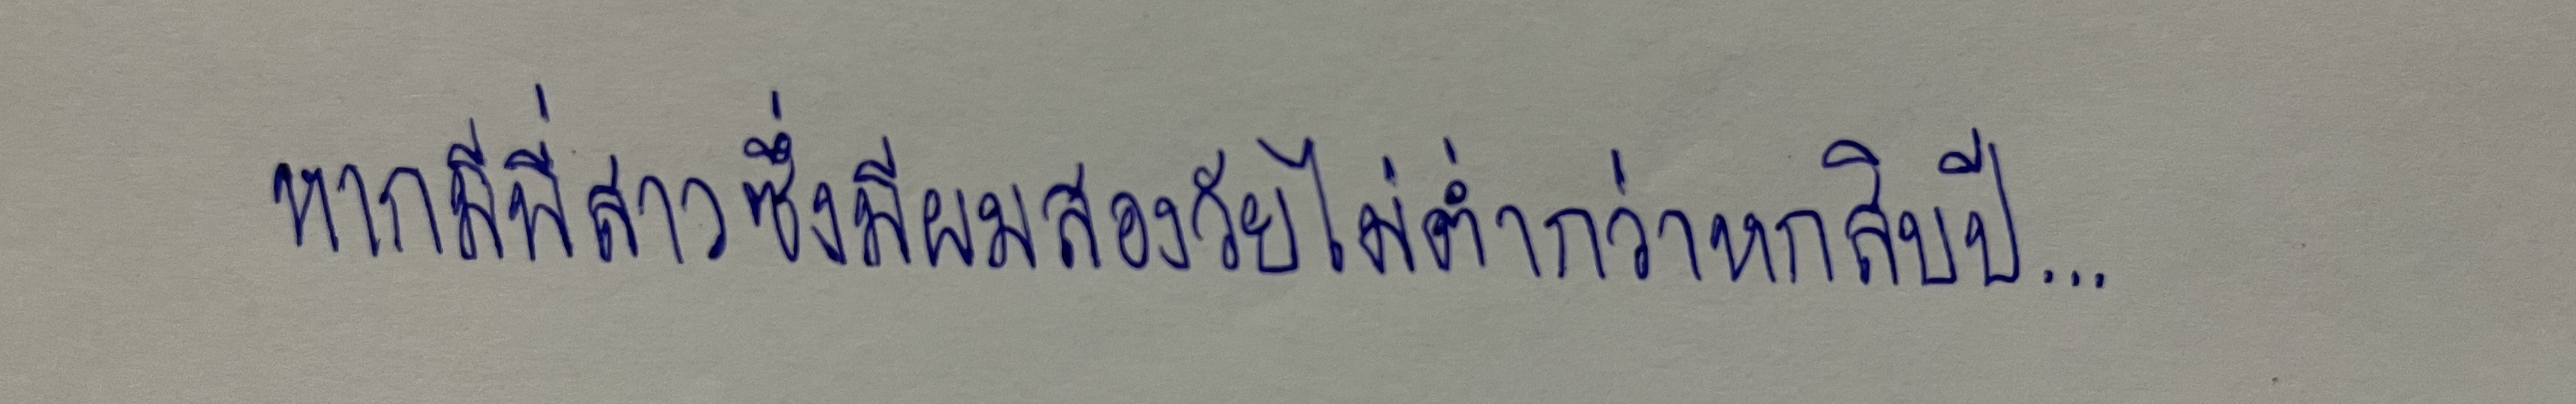
หากมีพี่สาวซึ่งมีผมสองวัยไม่ต่ำกว่าหกสิบปี...